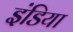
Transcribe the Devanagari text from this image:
इंडिया